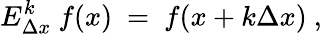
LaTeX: E_{\Delta x}^{k}\ f(x)\ =\ f(x+k\Delta x)\ ,